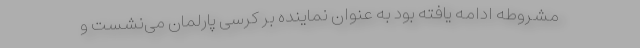
مشروطه ادامه یافته بود به عنوان نماینده بر کرسی پارلمان می‌نشست و